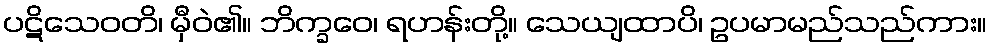
ပဋိသေဝတိ၊ မှီဝဲ၏။ ဘိက္ခဝေ၊ ရဟန်းတို့။ သေယျထာပိ၊ ဥပမာမည်သည်ကား။